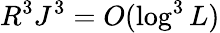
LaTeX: R^{3}J^{3}=O(\log^{3}L)